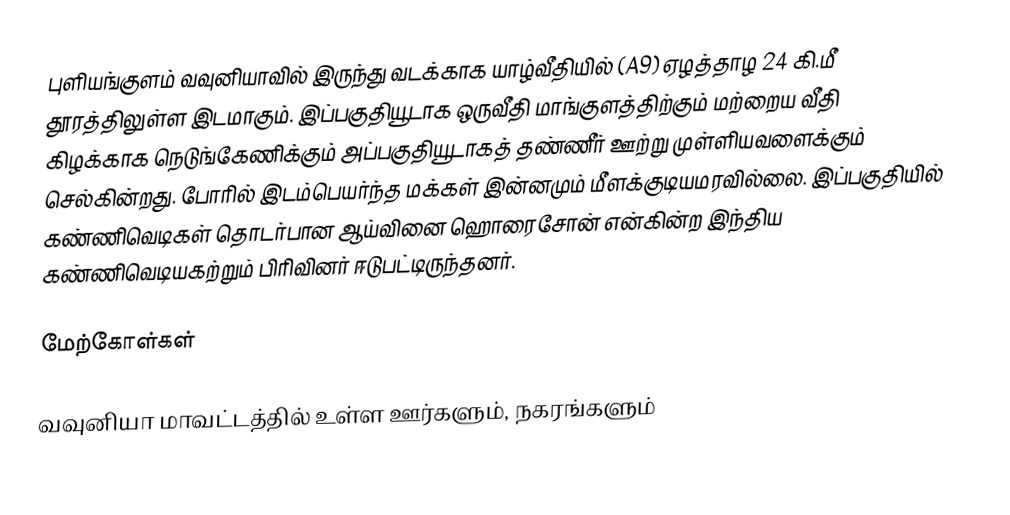
புளியங்குளம் வவுனியாவில் இருந்து வடக்காக யாழ்வீதியில் (A9) ஏழத்தாழ 24 கி.மீ தூரத்திலுள்ள இடமாகும். இப்பகுதியூடாக ஒருவீதி மாங்குளத்திற்கும் மற்றைய வீதி கிழக்காக நெடுங்கேணிக்கும் அப்பகுதியூடாகத் தண்ணீர் ஊற்று முள்ளியவளைக்கும் செல்கின்றது. போரில் இடம்பெயர்ந்த மக்கள் இன்னமும் மீளக்குடியமரவில்லை. இப்பகுதியில் கண்ணிவெடிகள் தொடர்பான ஆய்வினை ஹொரைசோன் என்கின்ற இந்திய கண்ணிவெடியகற்றும் பிரிவினர் ஈடுபட்டிருந்தனர்.

மேற்கோள்கள்

வவுனியா மாவட்டத்தில் உள்ள ஊர்களும், நகரங்களும்